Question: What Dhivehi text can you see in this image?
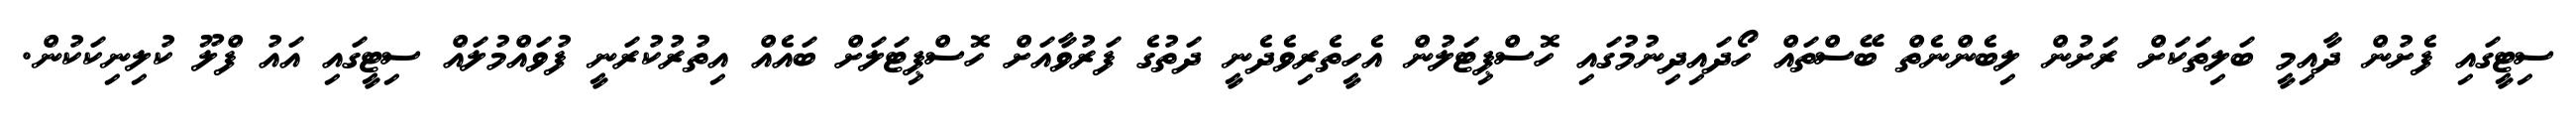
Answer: ސިޓީގައި ފެށުން ދާއިމީ ބަލިތަކަށް ރަށުން ލިބެންނެތް ބޭސްތައް ހޯދައިދިނުމުގައި ހޮސްޕިޓަލުން އެހީތެރިވެދެނީ ދަތުގެ ފަރުވާއަށް ހޮސްޕިޓަލަށް ބައެއް އިތުރުކުރަނީ ފުވައްމުލައް ސިޓީގައި އައު ފްލޫ ކުލިނިކަކުން.